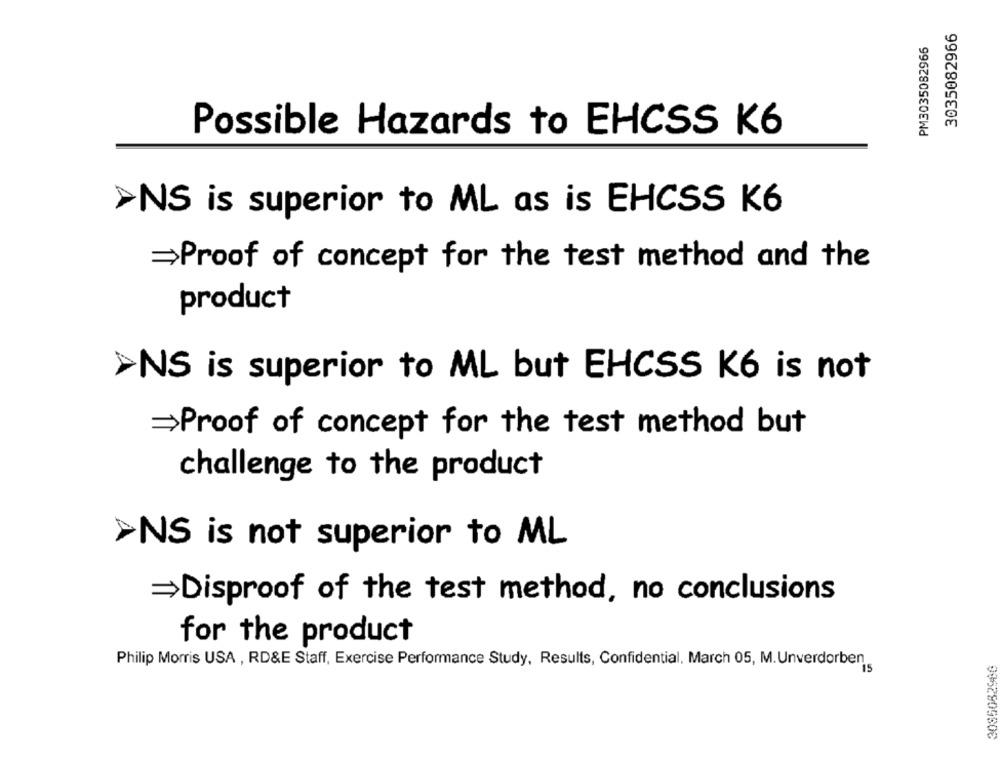
3035082966
PM3035082966
Possible Hazards to EHCSS K6
>NS is superior to ML as is EHCSS K6
=Proof of concept for the test method and the
product
»NS is superior to ML but EHCSS K6 is not
=Proof of concept for the test method but
challenge to the product
>NS is not superior to ML
Disproof of the test method, no conclusions
for the product
Philip Morris USA , RD&E Staff, Exercise Performance Study, Results, Confidential, March 05, M. Unverdorben
3085082900